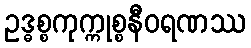
ဥဒ္ဓစ္စကုက္ကုစ္စနီဝရဏဿ